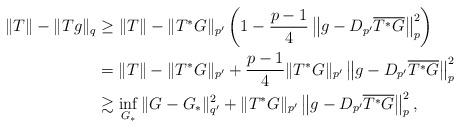
LaTeX: \begin{align*}\|T\|- \|Tg\|_{q} & \geq \|T\|-\|T^\ast G\|_{p'}\left(1-\frac{p-1}{4}\left\|g-D_{p'}\overline{T^\ast G}\right\|_{p}^2\right)\\& = \|T\|-\|T^\ast G\|_{p'}+\frac{p-1}{4}\|T^\ast G\|_{p'}\left\|g-D_{p'}\overline{T^\ast G}\right\|_{p}^2 \\& \gtrsim \inf_{G_\ast}\|G-G_\ast\|_{q'}^{2}+\|T^\ast G\|_{p'}\left\|g-D_{p'}\overline{T^\ast G}\right\|_{p}^2, \end{align*}